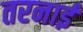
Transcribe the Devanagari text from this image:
तरनाई